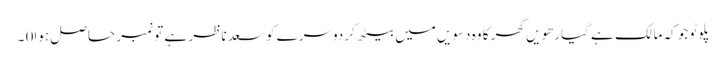
پلوٹو جو کہ مالک ہے گیارھویں گھر کا وہ دسویں میں بیٹھ کر دوسرے کو سعد ناظر ہے تو نمبر حاصل ہوا0 ۔